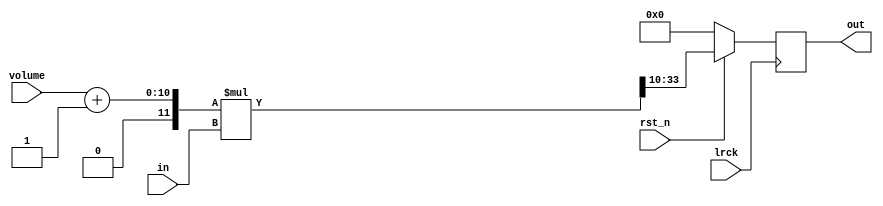
// SPDX-License-Identifier: MIT
// SPDX-FileCopyrightText: 2021 Tamas Hubai

`default_nettype none

// generic fader for karplus-strong
// out = volume * in

module ks_fader (
   input lrck,
   input rst_n,
   input [9:0] volume,
   input signed [23:0] in,
   output reg signed [23:0] out
);

wire signed [33:0] in_w = in;
wire signed [33:0] inc_volume_s = volume + 34'b1;
wire signed [33:0] out_fader_w = inc_volume_s * in_w;
wire signed [23:0] out_fader = out_fader_w[33:10];

always @ (posedge lrck) begin
   if (!rst_n) begin
      out <= 0;
   end else begin
      out <= out_fader;
   end
end

endmodule

`default_nettype wire